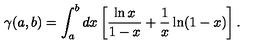
\gamma ( a , b ) = \int _ { a } ^ { b } d x \left[ \frac { \ln x } { 1 - x } + \frac { 1 } { x } \ln ( 1 - x ) \right] .